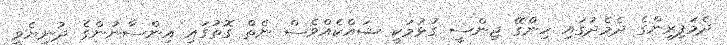
ދެމަފިރިންގެ ދެމެދުގައި ހިންގޭ ޖިންސީ ގުޅުމަކީ ޝައްކެއްވެސް ނެތް ގޮތުގައި އިންސާނުންގެ ދުނިޔެވީ